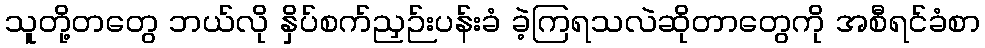
သူတို့တတွေ ဘယ်လို နှိပ်စက်ညှဉ်းပန်းခံ ခဲ့ကြရသလဲဆိုတာတွေကို အစီရင်ခံစာ